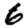
Digit: 6